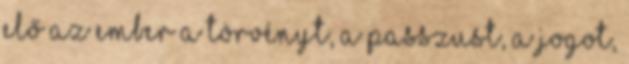
elő az ember a törvényt, a passzust, a jogot,